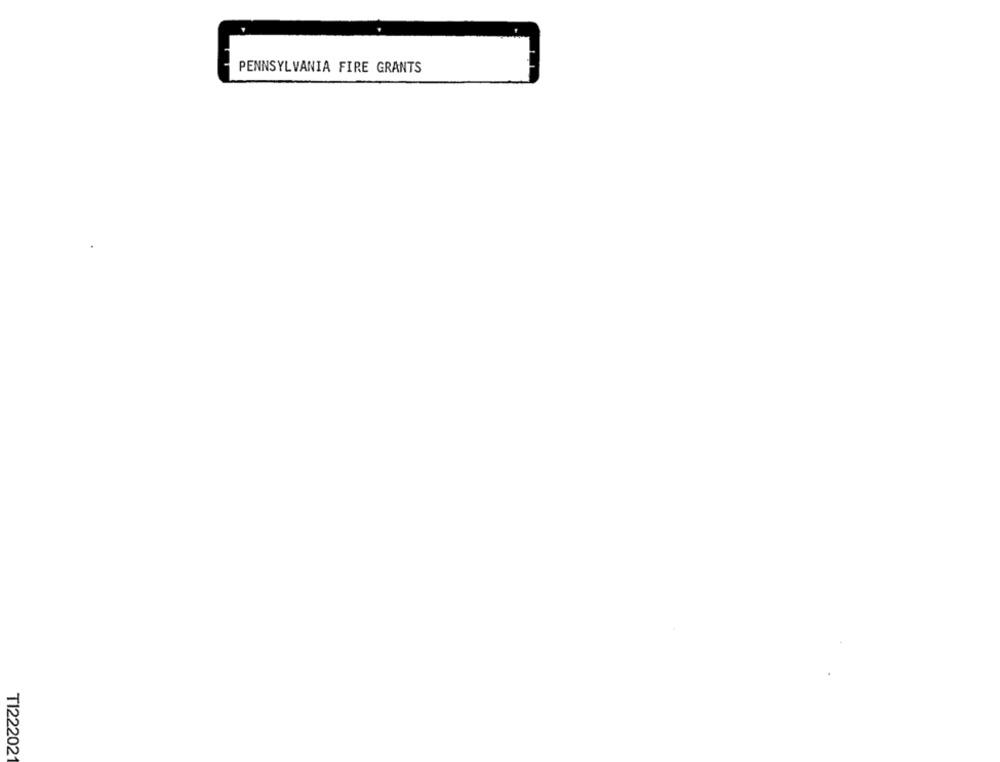
PENNSYLVANIA FIRE GRANTS
TI22202